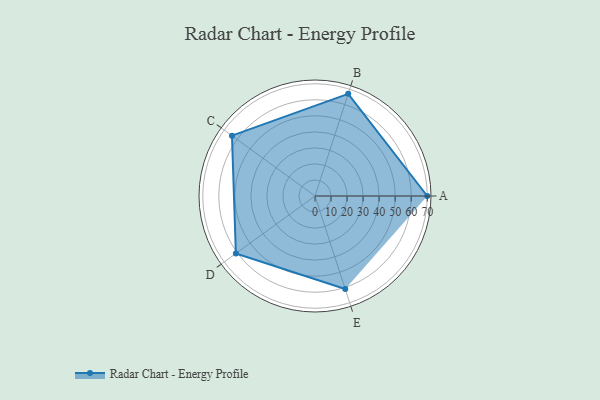
{"axis": {"x": "Skill", "y": "Score"}, "legend": ["Profile"], "data": [{"x": "A", "y": 70.0, "type": "Profile"}, {"x": "B", "y": 67.0, "type": "Profile"}, {"x": "C", "y": 64.0, "type": "Profile"}, {"x": "D", "y": 61.0, "type": "Profile"}, {"x": "E", "y": 61.0, "type": "Profile"}]}